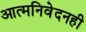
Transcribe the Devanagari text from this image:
आत्मनिवेदनही